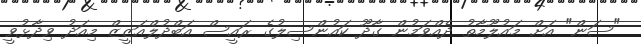
"ސަން" އަށް މައުލޫމާތު ދެއްވަމުން ގާދޫ ކައުންސިލުގެ ރައީސް އަބްދުލްއަޒީޒް މިއަދު ވިދާޅުވީ